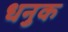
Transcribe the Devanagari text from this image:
धनुक